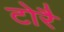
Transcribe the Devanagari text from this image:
टोरै